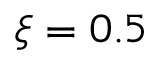
\xi = 0 . 5